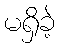
မရှိခဲ့